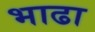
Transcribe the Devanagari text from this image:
भाढा